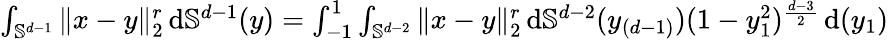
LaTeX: \begin{array}{r}{\int_{\mathbb S^{d-1}}\| x-y\| _{2}^{r}\, \mathrm{d}\mathbb S^{d-1}(y)=\int_{-1}^{1}\int_{\mathbb S^{d-2}}\| x-y\| _{2}^{r}\, \mathrm{d}\mathbb S^{d-2}(y_{(d-1)})(1-y_{1}^{2})^{\frac{d-3}{2}}\, \mathrm{d}(y_{1})}\end{array}